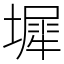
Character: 墀